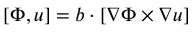
[ \Phi , u ] = \boldsymbol { b } \cdot \left[ \boldsymbol { \nabla } \Phi \times \boldsymbol { \nabla } u \right]